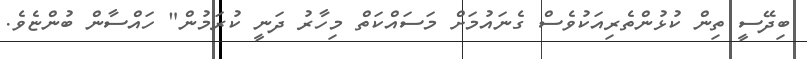
ބިދޭސީ ތިން ކުޅުންތެރިއަކުވެސް ގެނައުމަށް މަސައްކަތް މިހާރު ދަނީ ކުރަމުން" ހައްސާން ބުންޏެވެ.